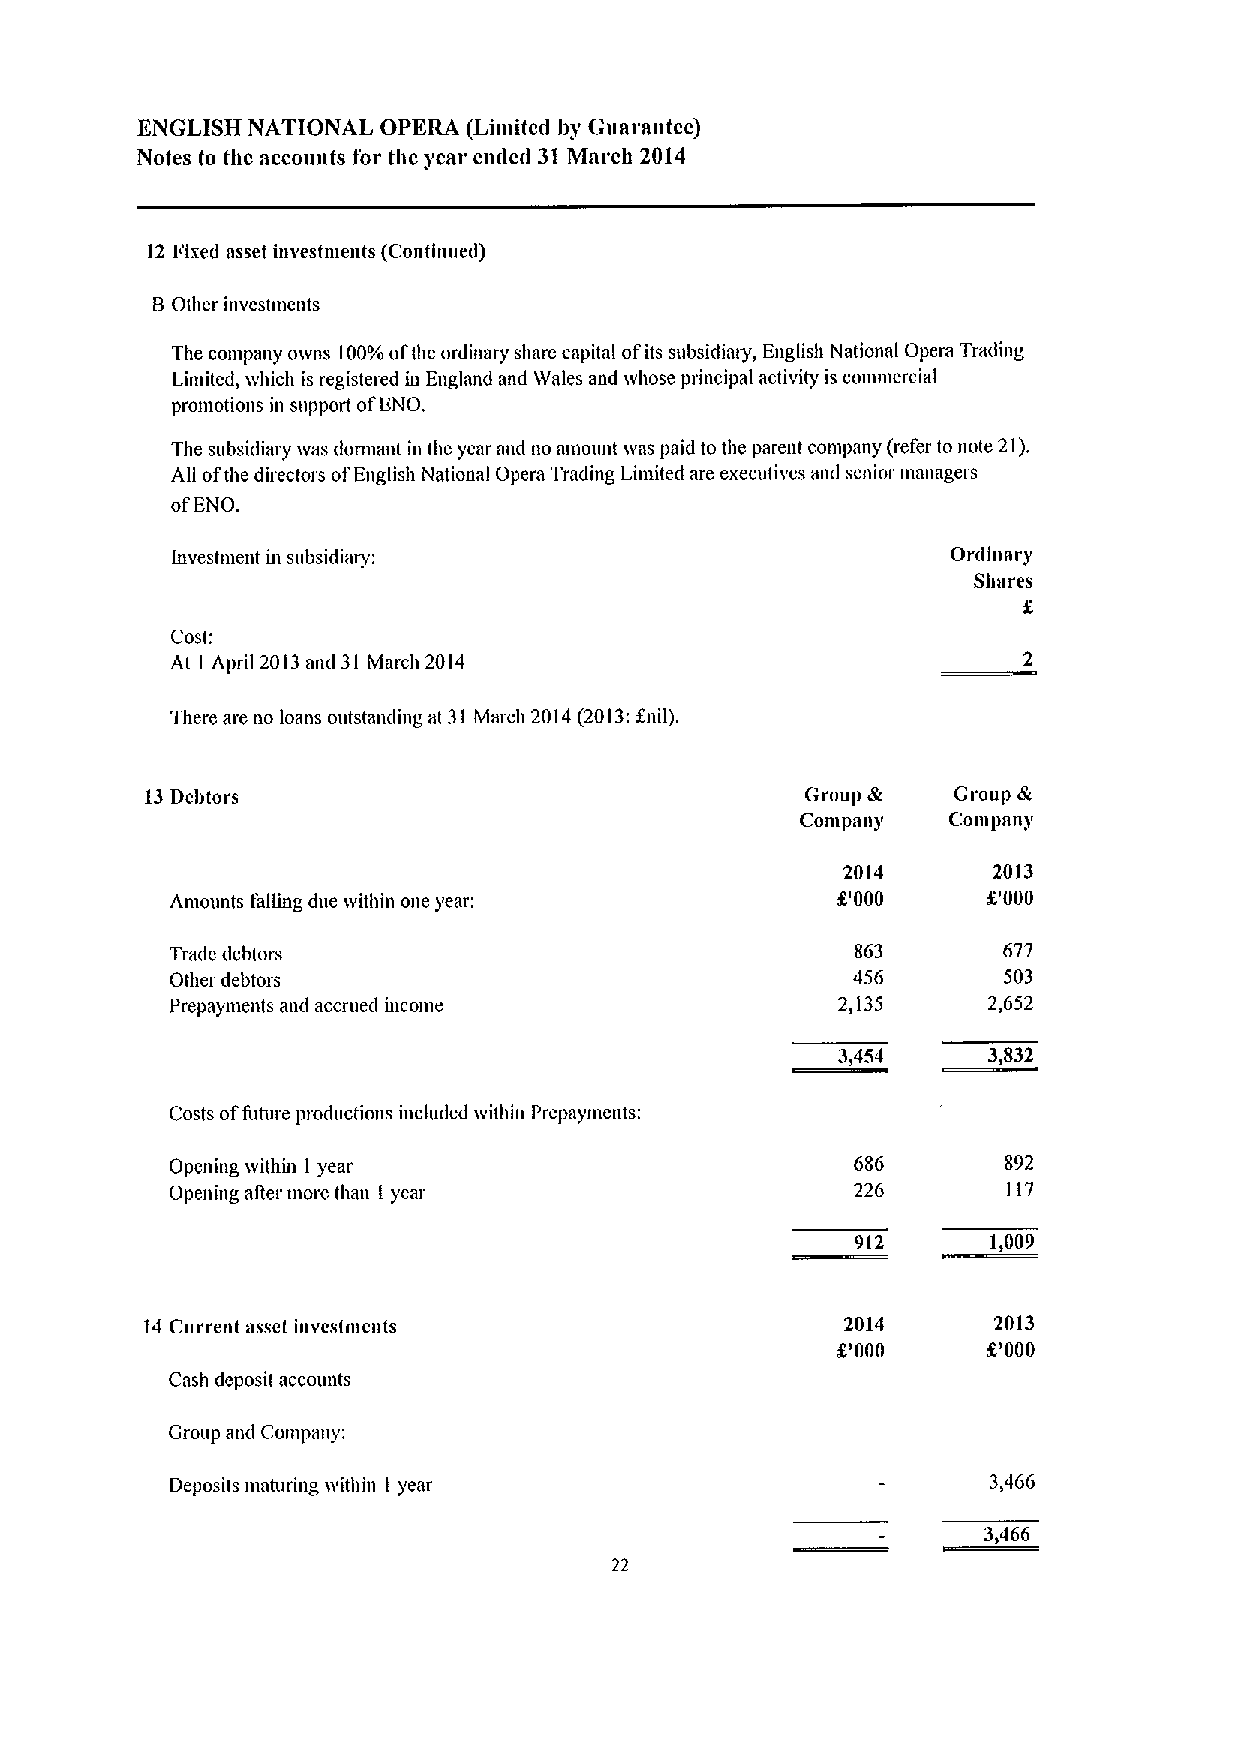
ENGLISH NATIONAL OPERA (Limited hy Guarantee)
 Notes to the accounts for the year ended 31March 2014
 12 Fixed nsset investments (Continued)
 8 Other investments
 The company o&vns 100%ofthe ordinary share capital ofits subsidiary, English National Opera Trading
 Limited, &vhich is registered iu England and &Vates aod whose principal activity is conunercial
 promotions in support ofENO.
 The subsidia&y &vas dormant in the year and no amount &vas paid to the parent conn&any (refer to note 21).
 All ofthe directors ofEnglish National Opera Trading Lin&ited are executives and senior managers
 ofENO.
 Investment in subsidiary:                           Ordinary
 Si&ares
 Cost:
 At I April 2013an&I 31 March 2014
 There are no loans outstanding at 31 March 2014(2013:f nil),
 13Debtors                                  Group &   Group &
 Conumny   Cor»pn»&'
 2014      2013
 Amounts falling due within one year:        8'000     K'000
 Trade debtors                                 863      677
 Other debtors                                456       503
 Prepayments m&&l accrued income             2,135     2,652
 3,454     3,832
 Costs offuture productions included &vithh& Prepaymcnts:
 Opening &vithu& I year                        686      892
 Opening ager morc than I year                 226       117
 912     1)009
 14 Current asset Investments                  2014      2013
 K'000     8'000
 Cash deposit accounts
 Group an&I Con&panv:
 Deposits maturing within I year                       3,466
 3)466
 22